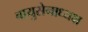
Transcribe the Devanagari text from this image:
वायुसेनाध्यक्ष